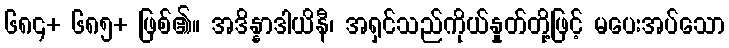
၆၈၄+ ၆၈၅+ ဖြစ်၏။ အဒိန္နာဒါယိနီ၊ အရှင်သည်ကိုယ်နှုတ်တို့ဖြင့် မပေးအပ်သော